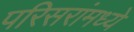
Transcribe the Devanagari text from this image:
परिसरांमध्ये